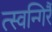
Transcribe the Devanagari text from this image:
त्स्वन्गिर्रै